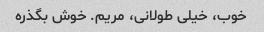
خوب، خیلی طولانی، مریم. خوش بگذره